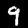
Label: 9